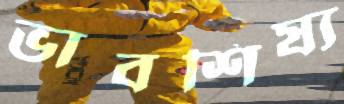
ভাবশিষ্য